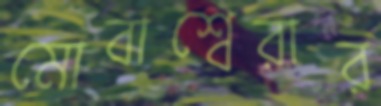
মোবাশ্বেরার